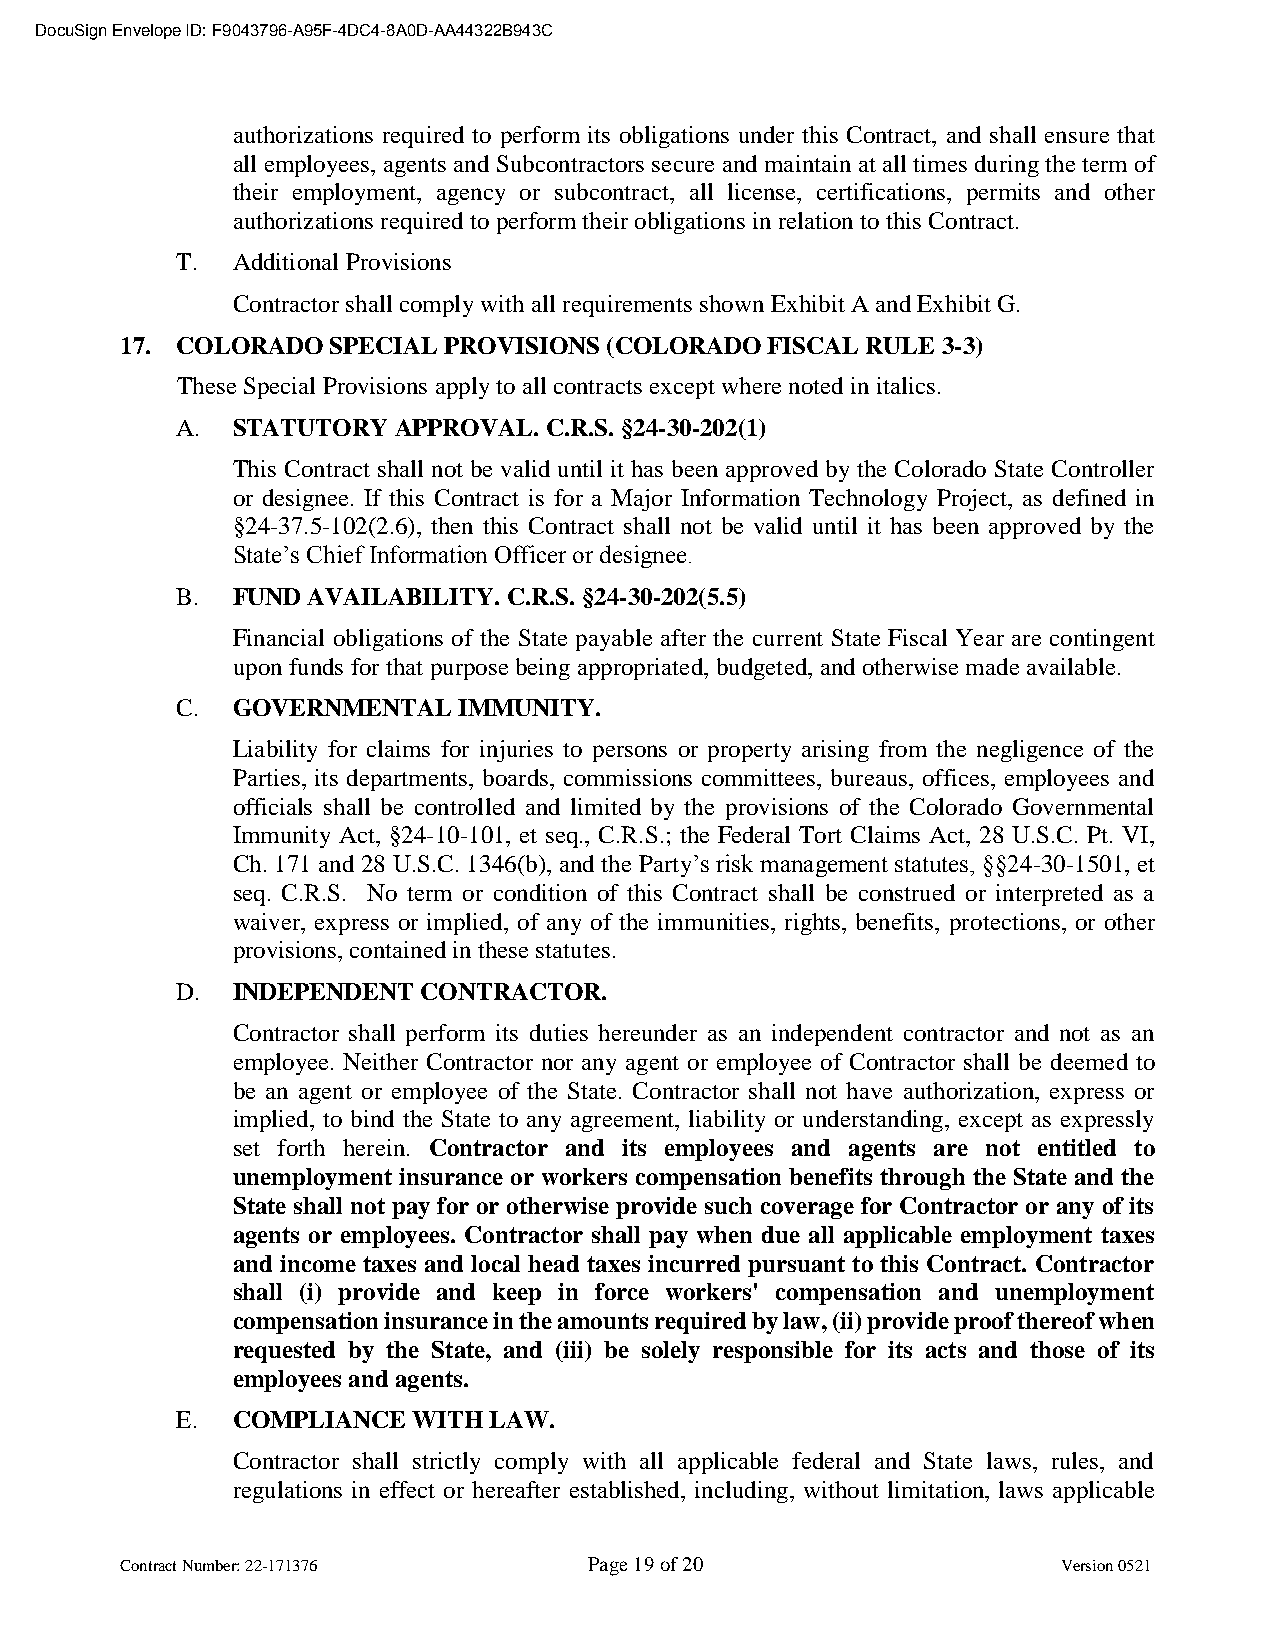
DocuSign Envelope ID: F9043796-A95F-4DC4-8A0D-AA44322B943C
 authorizations required to perform its obligations under this Contract, and shall ensure that
 all employees, agents and Subcontractors secure and maintain at all times during the term of
 their employment, agency or subcontract, all license, certifications, permits and other
 authorizations required to perform their obligations in relation to this Contract.
 T. Additional Provisions
 Contractor shall comply with all requirements shown Exhibit A and Exhibit G.
 17. COLORADO  SPECIAL PROVISIONS (COLORADO FISCAL RULE 3-3)
 These Special Provisions apply to all contracts except where noted in italics.
 A. STATUTORY  APPROVAL. C.R.S. §24-30-202(1)
 This Contract shall not be valid until it has been approved by the Colorado State Controller
 or designee. If this Contract is for a Major Information Technology Project, as defined in
 §24-37.5-102(2.6), then this Contract shall not be valid until it has been approved by the
 State’s Chief Information Officer or designee.
 B. FUND AVAILABILITY. C.R.S. §24-30-202(5.5)
 Financial obligations of the State payable after the current State Fiscal Year are contingent
 upon funds for that purpose being appropriated, budgeted, and otherwise made available.
 C. GOVERNMENTAL   IMMUNITY.
 Liability for claims for injuries to persons or property arising from the negligence of the
 Parties, its departments, boards, commissions committees, bureaus, offices, employees and
 officials shall be controlled and limited by the provisions of the Colorado Governmental
 Immunity Act, §24-10-101, et seq., C.R.S.; the Federal Tort Claims Act, 28 U.S.C. Pt. VI,
 Ch. 171 and 28 U.S.C. 1346(b), and the Party’s risk management statutes, §§24-30-1501, et
 seq. C.R.S. No term or condition of this Contract shall be construed or interpreted as a
 waiver, express or implied, of any of the immunities, rights, benefits, protections, or other
 provisions, contained in these statutes.
 D. INDEPENDENT  CONTRACTOR.
 Contractor shall perform its duties hereunder as an independent contractor and not as an
 employee. Neither Contractor nor any agent or employee of Contractor shall be deemed to
 be an agent or employee of the State. Contractor shall not have authorization, express or
 implied, to bind the State to any agreement, liability or understanding, except as expressly
 set forth herein. Contractor and its employees and agents are not entitled to
 unemployment insurance or workers compensation benefits through the State and the
 State shall not pay for or otherwise provide such coverage for Contractor or any of its
 agents or employees. Contractor shall pay when due all applicable employment taxes
 and income taxes and local head taxes incurred pursuant to this Contract. Contractor
 shall (i) provide and keep in force workers' compensation and unemployment
 compensation insurance in the amounts required by law, (ii) provide proof thereof when
 requested by the State, and (iii) be solely responsible for its acts and those of its
 employees and agents.
 E. COMPLIANCE  WITH LAW.
 Contractor shall strictly comply with all applicable federal and State laws, rules, and
 regulations in effect or hereafter established, including, without limitation, laws applicable
 Contract Number: 22-171376     Page 19 of 20                  Version 0521